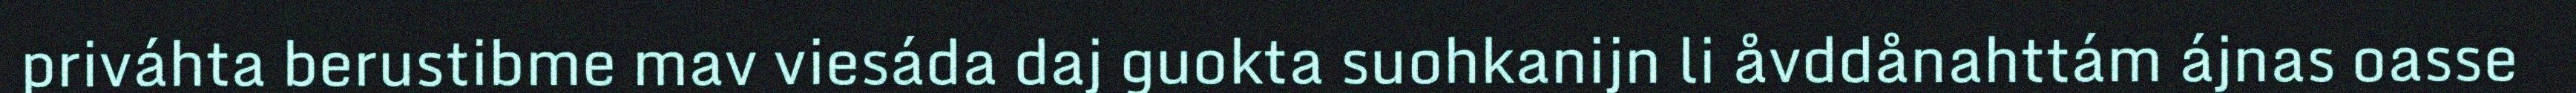
priváhta berustibme mav viesáda daj guokta suohkanijn li åvddånahttám ájnas oasse